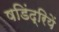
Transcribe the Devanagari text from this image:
षडिंद्रियें